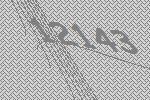
12143